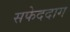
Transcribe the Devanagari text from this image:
सफेददाग